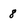
Character: 8